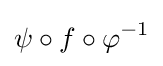
\psi \circ f\circ \varphi ^{-1}